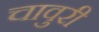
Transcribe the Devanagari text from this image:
चावुरी